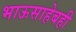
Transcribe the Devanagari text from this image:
भाऊसाहेबही